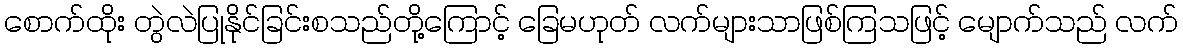
စောက်ထိုး တွဲလဲပြုနိုင်ခြင်းစသည်တို့ကြောင့် ခြေမဟုတ် လက်များသာဖြစ်ကြသဖြင့် မျောက်သည် လက်